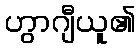
ဟွာဂျီယူ၏